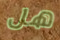
هل